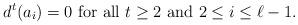
LaTeX: \begin{align*} d^{t}(a_{i})=0\ \mbox{for all $t\geq 2$ and $2\leq i\leq\ell-1$}. \end{align*}